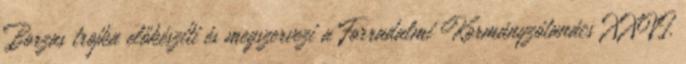
Borzas trojka előkészíti és megszervezi a Forradalmi Kormányzótanács XXVI.